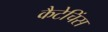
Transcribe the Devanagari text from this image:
कैटेचिंस